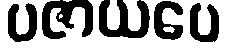
ပဇာယပေ